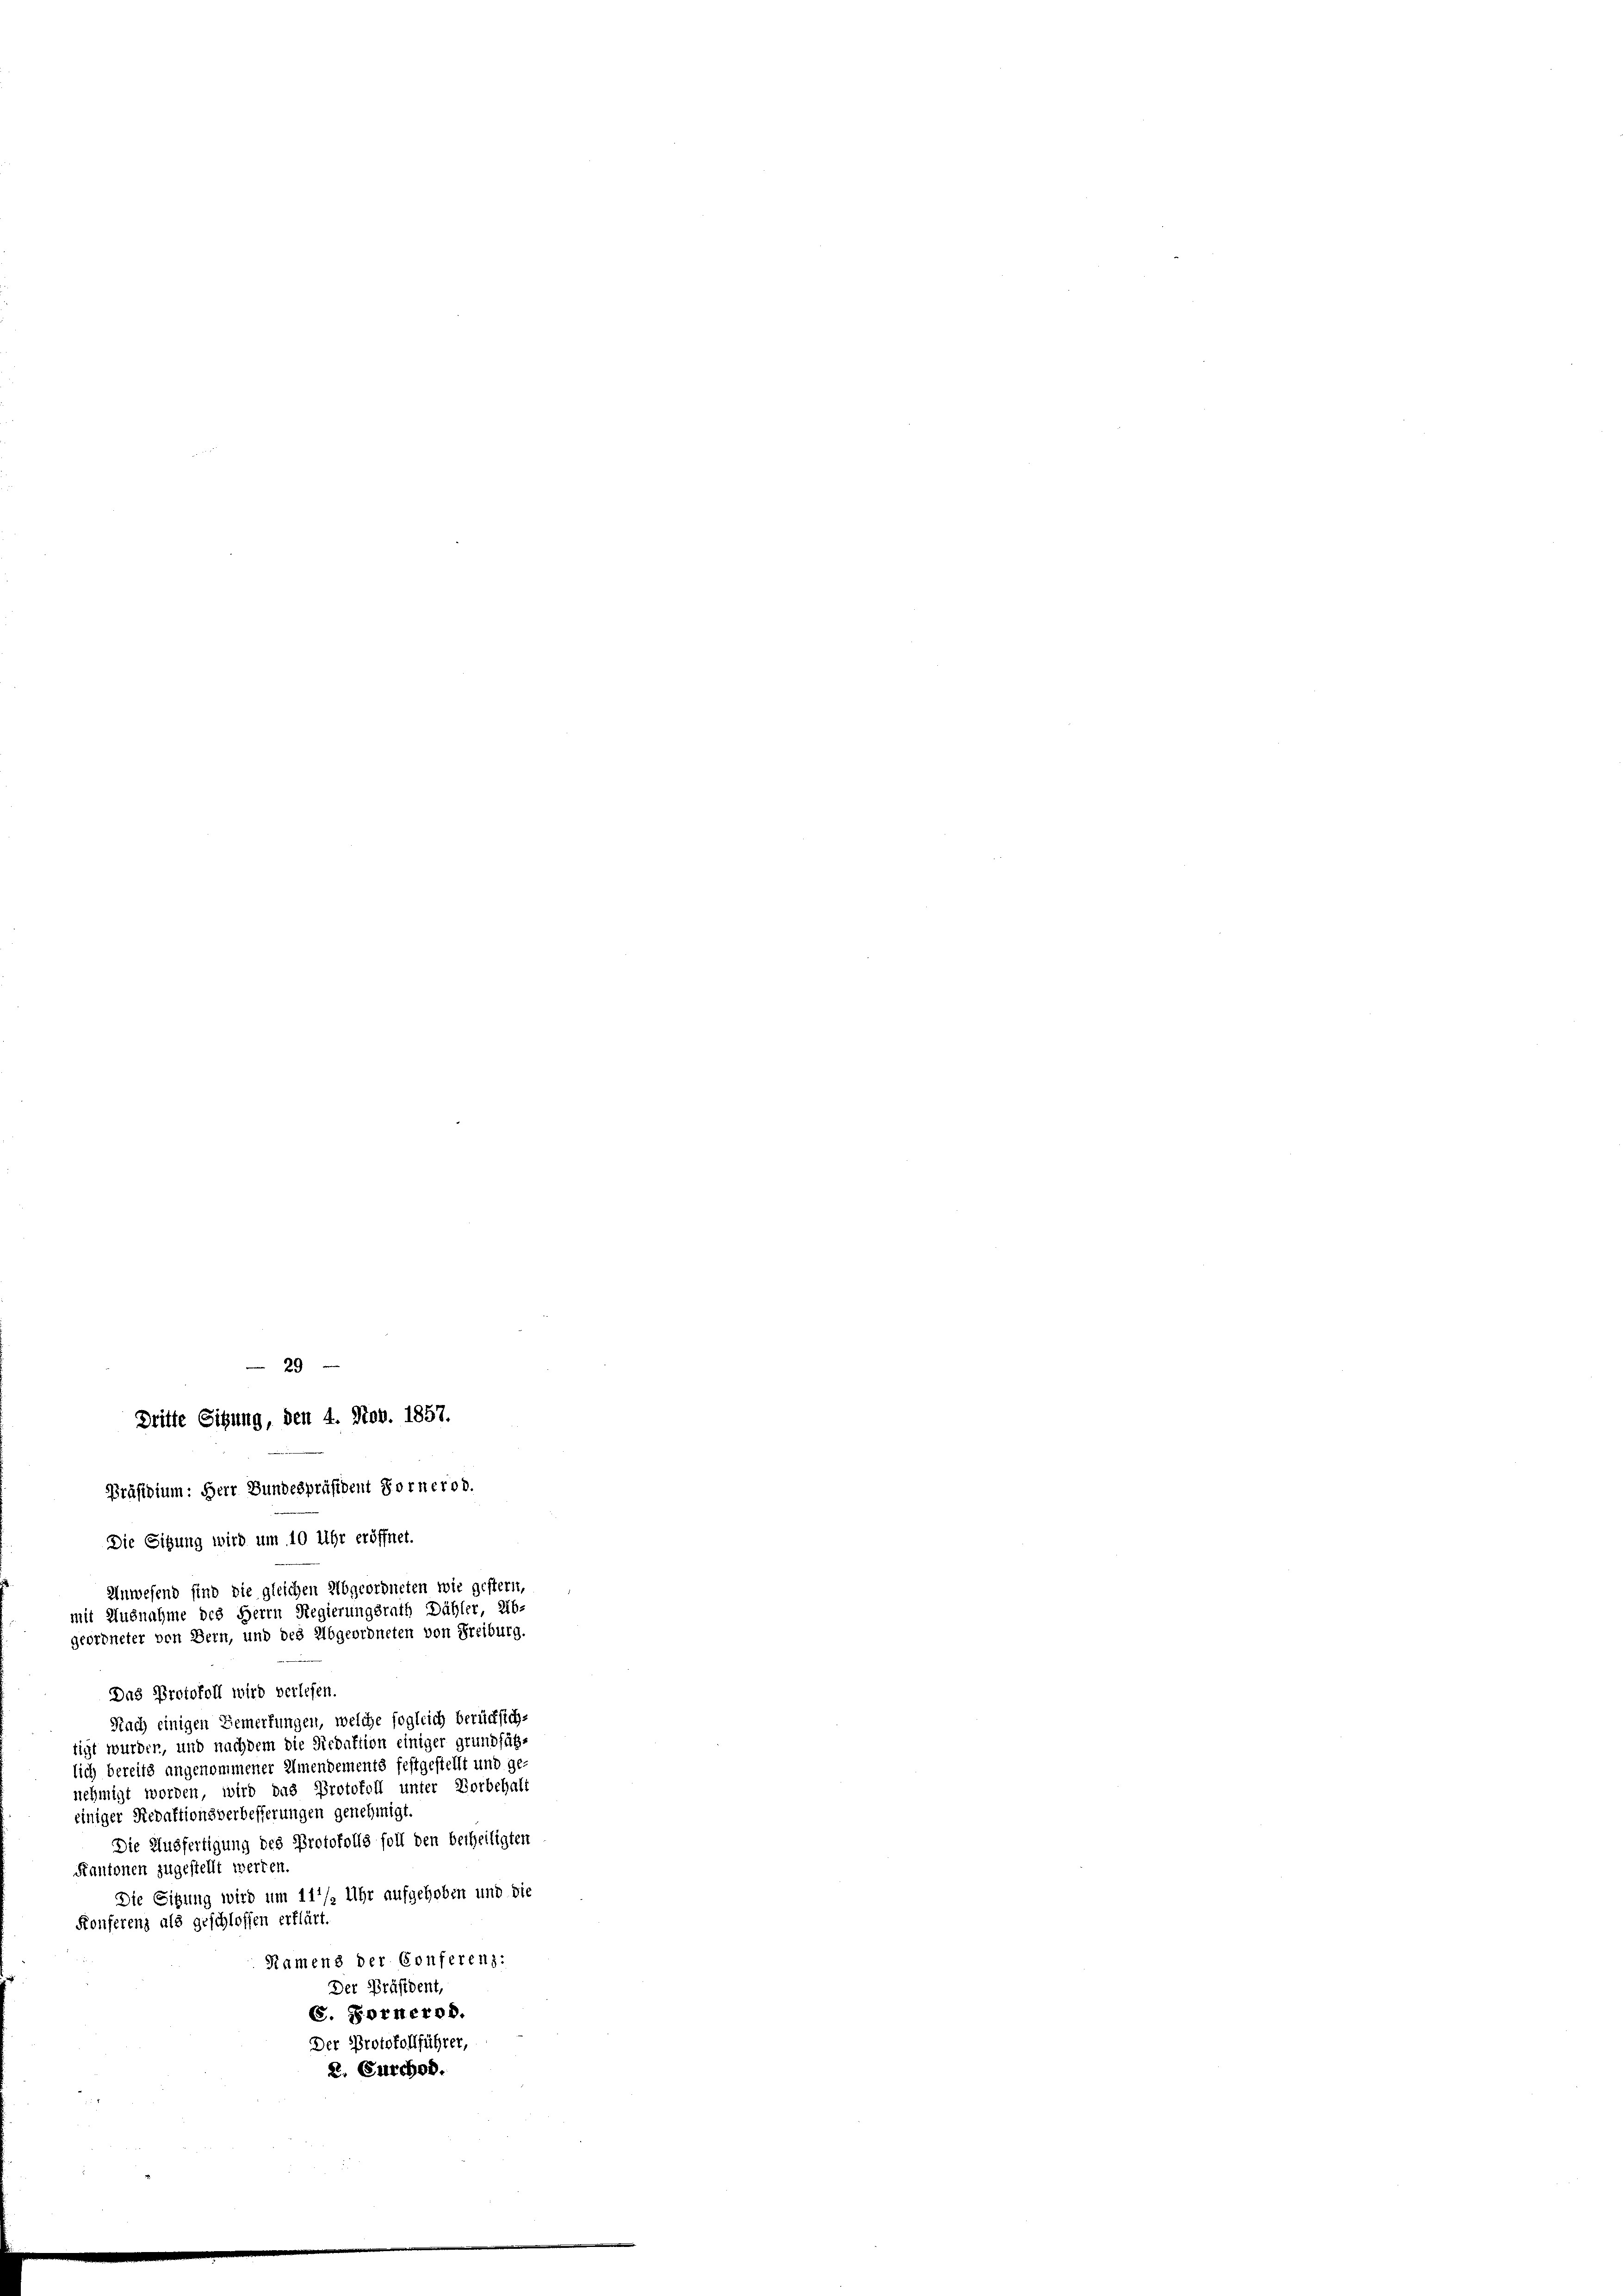
29
Dritte Sitzung, den 4. Nov. 1857.

Präsidium: Herr Bundespräsident Forner od.
Die Sitzung wird um 10 Uhr eröffnet.

Anwesend sind die gleichen Abgeordneten wie gestern,
mit Ausnahme des Herrn Regierungsrath Dähler, 216.
geordneter von Bern, und des Abgeordneten von Freiburg.

Das Protokoll wird verlesen.
Nach einigen Gemerkungen, welche sogleich berücksich-
tigt wurden, und nachdem die Redaktion einiger grundfüh-
lich bereits angenommener Almendements festgestellt und ge-
nehmigt worden, wird das Protokoll unter Vorbehalt
einiger Redaktionsverbesserungen genehmigt.
Die Ausfertigung des Protokolls soll den betheiligten
Kantonen zugestellt werden.
Die Sitzung wird um 11/2 Uhr aufgehoben und die
Konferenz als geschlossen erklärt.
Ramens der Conferen):
Der Präsident
C. Fornerod.
Der Protokollführer,
2. Furchod.